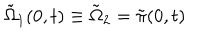
\tilde { \Omega } _ { 1 } ( 0 , t ) \equiv \tilde { \Omega } _ { 2 } = \tilde { \pi } ( 0 , t )